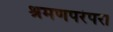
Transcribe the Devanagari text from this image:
श्रमणपरंपरा